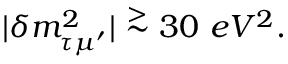
| \delta m _ { \tau \mu ^ { \prime } } ^ { 2 } | \stackrel { > } { \sim } 3 0 \ e V ^ { 2 } .